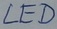
Text: LED